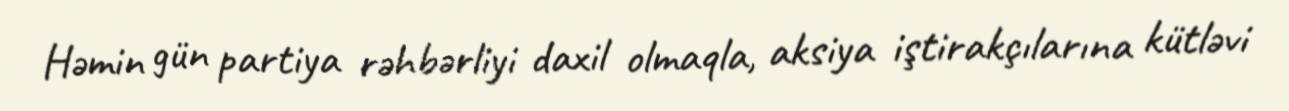
Həmin gün partiya rəhbərliyi daxil olmaqla, aksiya iştirakçılarına kütləvi